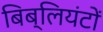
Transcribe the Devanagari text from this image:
बिब्लियंटों